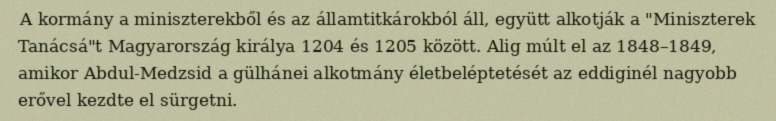
A kormány a miniszterekből és az államtitkárokból áll, együtt alkotják a "Miniszterek Tanácsá"t Magyarország királya 1204 és 1205 között. Alig múlt el az 1848–1849, amikor Abdul-Medzsid a gülhánei alkotmány életbeléptetését az eddiginél nagyobb erővel kezdte el sürgetni.